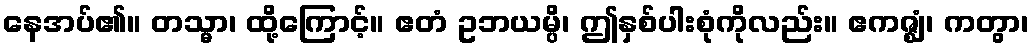
နေအပ်၏။ တသ္မာ၊ ထို့ကြောင့်။ ဧတံ ဥဘယမ္ပိ၊ ဤနှစ်ပါးစုံကိုလည်း။ ဧကဇ္ဈံ၊ ကတွာ၊